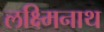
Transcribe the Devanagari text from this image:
लक्ष्मिनाथ